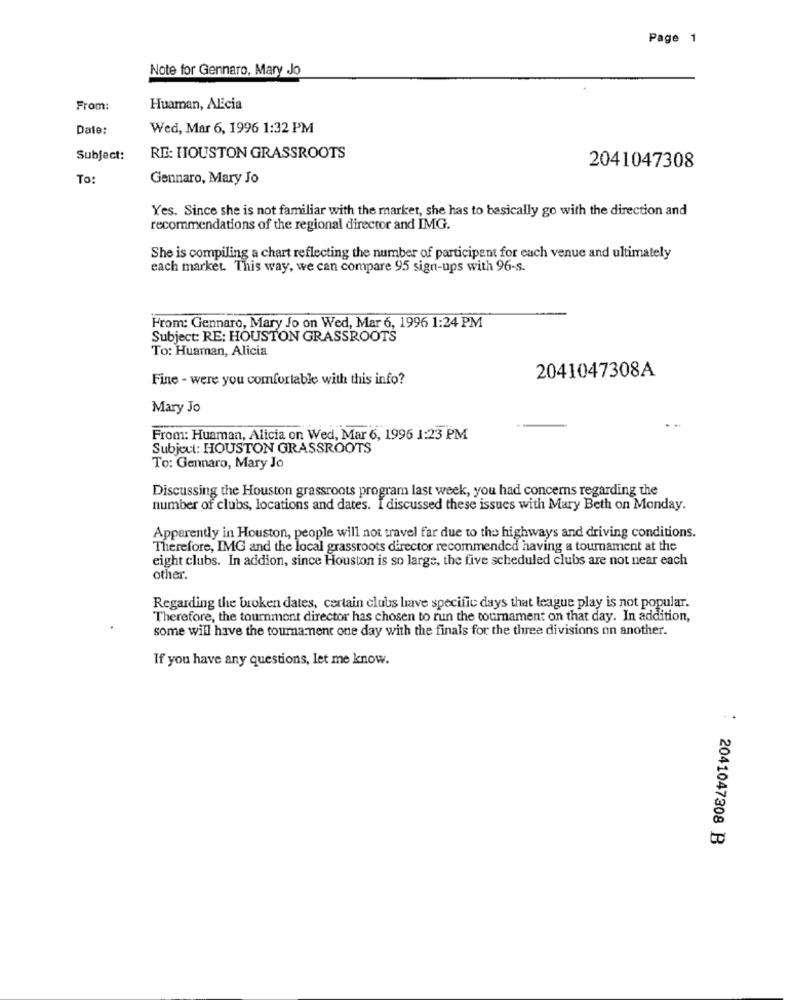
Page 1
Note for Gennaro, Mary Jo
From:
Huaman, Alicia
Date:
Wed, Mar 6, 1996 1:32 PM
Subject:
RE: HOUSTON GRASSROOTS
2041047308
To:
Gennaro, Mary Jo
Yes. Since she is not familiar with the market, she has to basically go with the direction and
recommendations of the regional director and IMG.
She is compiling a chart reflecting the number of participent for each venue and ultimately
each market. This way, we can compare 95 sign-ups with 96-s.
From: Gennaro, Mary Jo on Wed, Mar 6, 1996 1:24 PM
Subject: RE: HOUSTON GRASSROOTS
To: Huaman, Alicia
2041047308A
Fine - were you comfortable with this info?
Mary Jo
From: Huaman, Alicia on Wed, Mar 6, 1996 1:23 PM
Subject: HOUSTON GRASSROOTS
To: Gennaro, Mary Jo
Discussing the Houston grassroots program last week, you had concerns regarding the
number of clubs, locations and dates. I discussed these issues with Mary Beth on Monday.
Apparently in Houston, people will not travel far due to the highways and driving conditions.
Therefore, IMG and the local grassroots director recommended having a tournament at the
eight clubs. In addion, since Houston is so large, the five scheduled clubs are not near each
other.
Regarding the broken dates, certain clubs have specific days that league play is not popular.
Therefore, the tournmont director has chosen to run the tournament on that day. In addition,
some will have the tournament one day with the finals for the three divisions on another.
If you have any questions, let me know.
: 2041047308 B